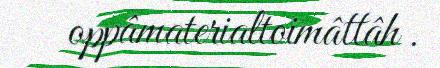
oppâmaterialtoimâttâh .